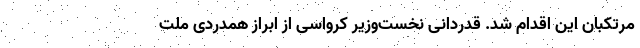
مرتکبان این اقدام شد. قدردانی نخست‌وزیر کرواسی از ابراز همدردی ملت